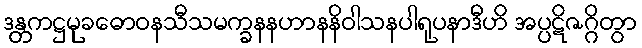
ဒန္တကဋ္ဌမုခဓောဝနသီသမက္ခနနဟာနနိဝါသနပါရုပနာဒီဟိ အပ္ပဋိဇဂ္ဂိတွာ